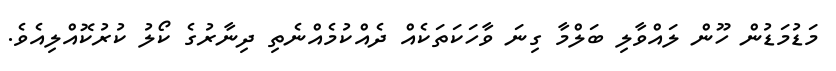
މަޑުމަޑުން ހޫން ލައްވާލި ބަލްމާ ގިނަ ވާހަކަތަކެއް ދެއްކުމެއްނެތި ދިނާރުގެ ކޯލު ކުރުކޮއްލިއެވެ.